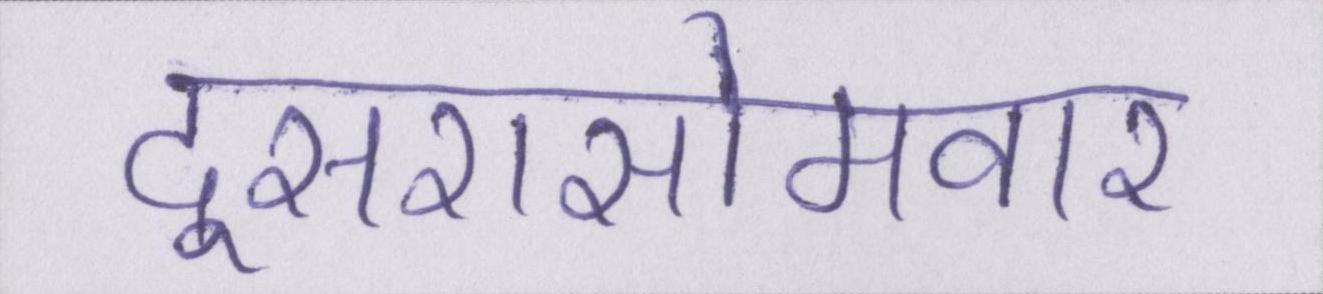
दूसरासोमवार